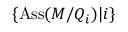
\{ \operatorname { A s s } ( M / Q _ { i } ) | i \}